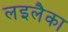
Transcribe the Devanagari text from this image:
लइलैका